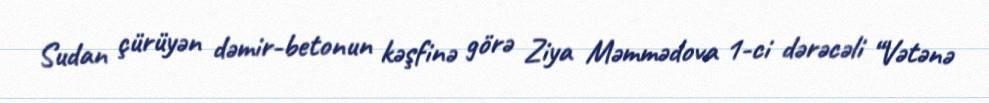
Sudan çürüyən dəmir-betonun kəşfinə görə Ziya Məmmədova 1-ci dərəcəli “Vətənə